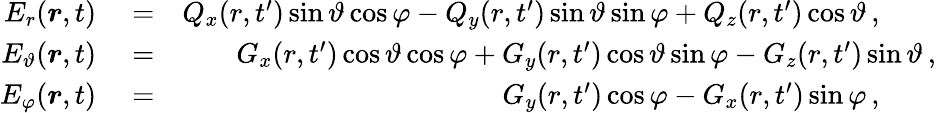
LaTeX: \begin{array}{rlr}{E_{r}(\boldsymbol{r},t)}&{{}=}&{Q_{x}(r,t^{\prime})\sin\vartheta\cos\varphi-Q_{y}(r,t^{\prime})\sin\vartheta\sin\varphi+Q_{z}(r,t^{\prime})\cos\vartheta\, ,\quad\quad}\\ {E_{\vartheta}(\boldsymbol{r},t)}&{{}=}&{G_{x}(r,t^{\prime})\cos\vartheta\cos\varphi+G_{y}(r,t^{\prime})\cos\vartheta\sin\varphi-G_{z}(r,t^{\prime})\sin\vartheta\, ,}\\ {E_{\varphi}(\boldsymbol{r},t)}&{{}=}&{G_{y}(r,t^{\prime})\cos\varphi-G_{x}(r,t^{\prime})\sin\varphi\, ,\quad\quad}\end{array}